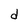
Character: d